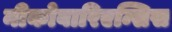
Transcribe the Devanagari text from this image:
नीकोबारिएन्सिस